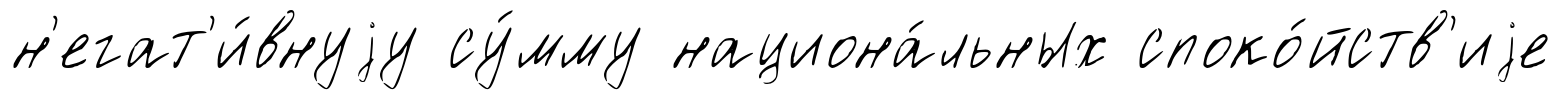
н'егат'и́внуjу су́мму национа́льных споко́йств'иjе